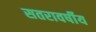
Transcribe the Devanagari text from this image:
सतरावर्षीय